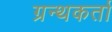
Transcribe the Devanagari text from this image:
ग्रन्थकर्ता